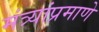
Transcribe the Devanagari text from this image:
मंत्र्यांप्रमाणे